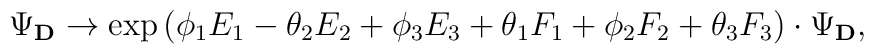
\Psi_{\bf D} \rightarrow \exp{(\phi_1 E_1 - \theta_2 E_2 + \phi_3 E_3 + \theta_1 F_1 + \phi_2 F_2 + \theta_3 F_3)} \cdot  \Psi_{\bf D},